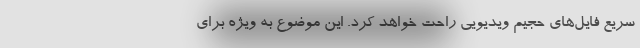
سریع فایل‌های حجیم ویدیویی راحت خواهد کرد. این موضوع به ویژه برای